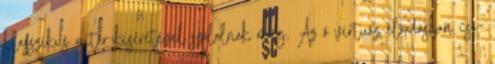
klasszikus gitár-kíséretével szólalnak meg. Az ő virtuóz előadásban cso-